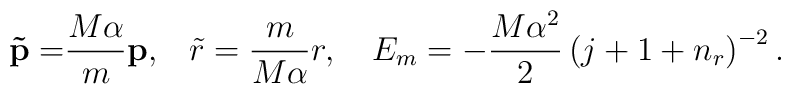
{\bf \tilde{p}=}\frac{M\alpha }m{\bf p,\quad }\tilde{r}=\frac m{M\alpha}r,\quad E_m=-\frac{M\alpha ^2}2\left( j+1+n_r\right) ^{-2}.